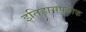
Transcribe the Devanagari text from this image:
इतिहासपुस्तक